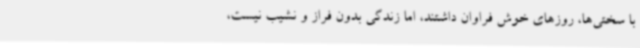
با سختی‌ها، روزهای خوش فراوان داشتند، اما زندگی بدون فراز و نشیب نیست،